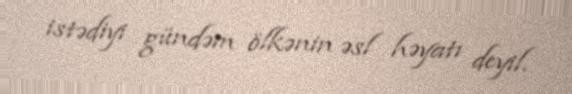
istədiyi gündəm ölkənin əsl həyatı deyil.